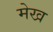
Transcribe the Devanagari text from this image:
मेख